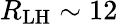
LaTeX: R_{\mathrm{LH}}\sim 12\